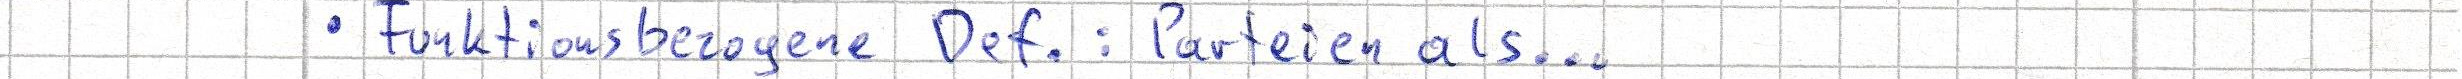
- Funktionsbezogene Def.: Parteien als...